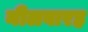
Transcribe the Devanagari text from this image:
नीलवारह